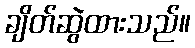
ချိတ်ဆွဲထားသည်။